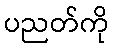
ပညတ်ကို